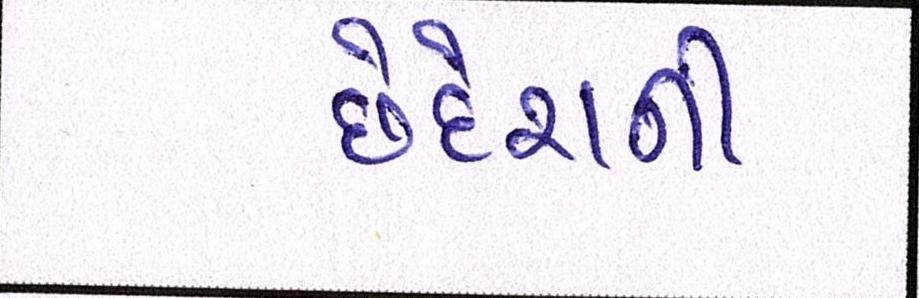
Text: છેદેશની